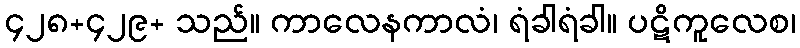
၄၂၈+၄၂၉+ သည်။ ကာလေနကာလံ၊ ရံခါရံခါ။ ပဋိကူလေစ၊